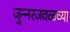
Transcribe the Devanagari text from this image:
जुन्‍नरजवळच्या